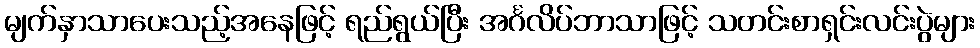
မျက်နှာသာပေးသည့်အနေဖြင့် ရည်ရွယ်ပြီး အင်္ဂလိပ်ဘာသာဖြင့် သတင်းစာရှင်းလင်းပွဲများ